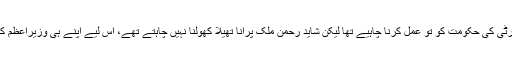
اس فیصلے پر پیپلز پارٹی کی حکومت کو تو عمل کرنا چاہیے تھا لیکن شاید رحمٰن ملک پرانا تھیلا کھولنا نہیں چاہتے تھے، اس لیے اپنے ہی وزیراعظم کی بات بھی نہیں مانی۔